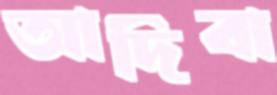
আদিবা